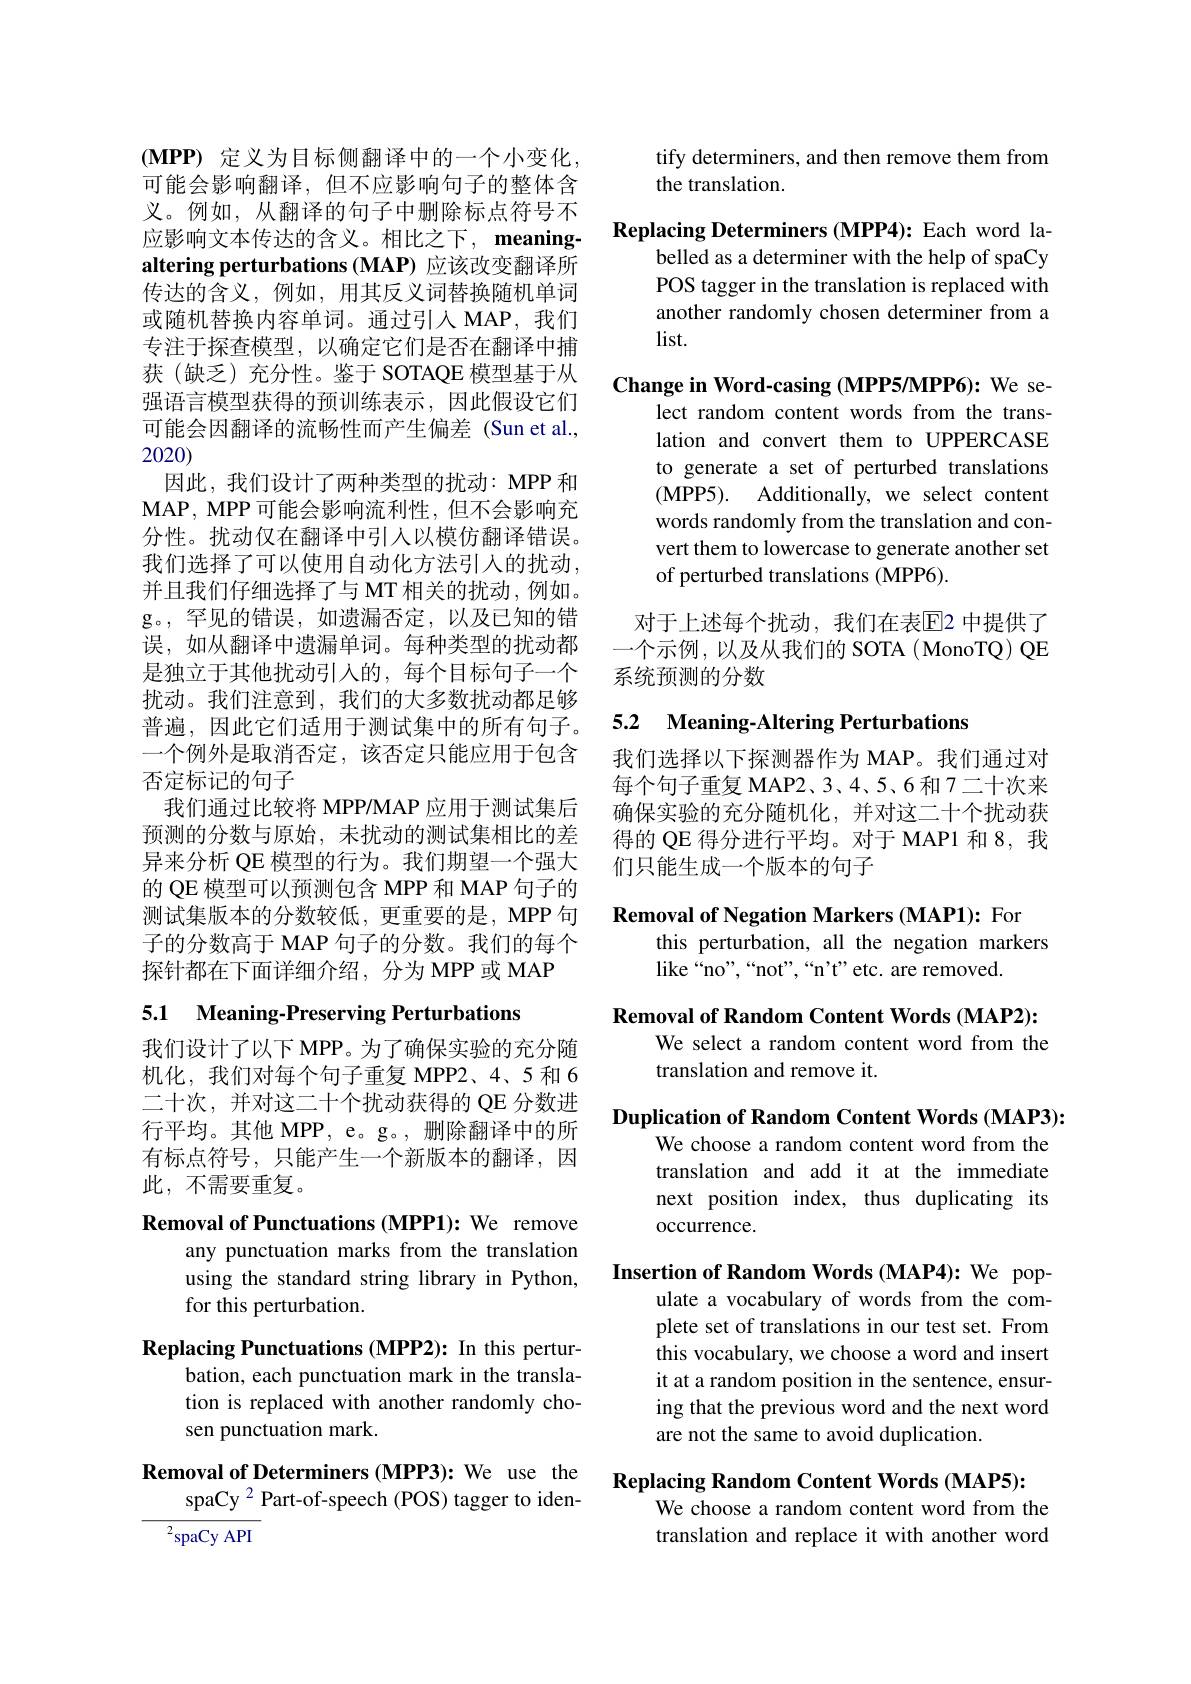
$( \mathbf{MPP})$ 定义为目标侧翻译中的一个小变化， 可能会影响翻译，但不应影响句子的整体含义。例如，从翻译的句子中删除标点符号不应影响文本传达的含义。相比之下，meaningaltering perturbations (MAP) 应该改变翻译所传达的含义，例如，用其反义词替换随机单词或随机替换内容单词。通过引入 MAP, 我们专注于探查模型，以确定它们是否在翻译中捕获(缺乏)充分性。鉴于 SOTAQE 模型基于从强语言模型获得的预训练表示，因此假设它们可能会因翻译的流畅性而产生偏差(Sun et al., 2020)
因此，我们设计了两种类型的扰动：MPP 和$\mathbf{MAP,MPP}$可能会影响流利性，但不会影响充分性。扰动仅在翻译中引入以模仿翻译错误。我们选择了可以使用自动化方法引人的扰动， 并且我们仔细选择了与 MT 相关的扰动，例如。g。,罕见的错误，如遗漏否定，以及已知的错误，如从翻译中遗漏单词。每种类型的扰动都是独立于其他扰动引入的，每个目标句子一个扰动。我们注意到，我们的大多数扰动都足够普遍，因此它们适用于测试集中的所有句子。一个例外是取消否定，该否定只能应用于包含否定标记的句子
我们通过比较将 MPP/MAP 应用于测试集后预测的分数与原始，未扰动的测试集相比的差异来分析 QE 模型的行为。我们期望一个强大的 QE 模型可以预测包含 MPP 和 MAP 句子的测试集版本的分数较低，更重要的是，MPP 句子的分数高于 MAP 句子的分数。我们的每个探针都在下面详细介绍，分为 MPP 或 MAP

5.1 Meaning-Preserving Perturbations

我们设计了以下 MPP。为了确保实验的充分随机化，我们对每个句子重复 MPP2、4、5 和 6二十次，并对这二十个扰动获得的 QE 分数进行平均。其他 MPP, e。g。, 删除翻译中的所有标点符号，只能产生一个新版本的翻译，因此，不需要重复。

Removal of Punctuations (MPP1): We remove
any punctuation marks from the translation using the standard string library in Python, for this perturbation.
Replacing Punctuations (MPP2): In this pertur-
bation, each punctuation mark in the translation is replaced with another randomly chosen punctuation mark.
Removal of Determiners (MPP3): We use the
spaCy 2 Part-of-speech (POS) tagger to iden-

$\overline{{^2}\text{spaCy API}}$

tify determiners, and then remove them from
the translation.

Replacing Determiners (MPP4): Each word la-
belled as a determiner with the help of spaCy POS tagger in the translation is replaced with another randomly chosen determiner from a $list.$

Change in Word-casing (MPP5/MPP6): We se-
lect random content words from the translation and convert them to UPPERCASE to generate a set of perturbed translations (MPP5) . Additionally, we select content words randomly from the translation and convert them to lowercase to generate another set of perturbed translations (MPP6).

对于上述每个扰动，我们在表$\overline{\mathrm{E}}$2 中提供了一个示例，以及从我们的 SOTA (MonoTQ) QE 系统预测的分数

## 5.2 Meaning-Altering Perturbations

我们选择以下探测器作为 MAP。我们通过对每个句子重复 MAP2、3、4、5、6 和 7二十次来确保实验的充分随机化，并对这二十个扰动获得的 QE 得分进行平均。对于 MAP1 和 8, 我们只能生成一个版本的句子

Removal of Negation Markers (MAP1): For
this perturbation, all the negation markers
like“no”,“not”,“n't”etc. are removed.

Removal of Random Content Words (MAP2):
We select a random content word from the
translation and remove it.

Duplication of Random Content Words (MAP3):

We choose a random content word from the translation and add it at the immediate next position index, thus duplicating its occurrence.

Insertion of Random Words (MAP4): We pop-
ulate a vocabulary of words from the complete set of translations in our test set. From this vocabulary, we choose a word and insert it at a random position in the sentence, ensuring that the previous word and the next word are not the same to avoid duplication.

Replacing Random Content Words (MAP5):

We choose a random content word from the translation and replace it with another word